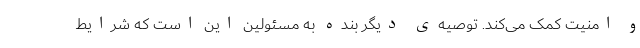
و امنیت کمک می‌کند. توصیه‌ی دیگر بنده به مسئولین این است که شرایط